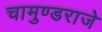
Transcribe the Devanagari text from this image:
चामुण्डराजे